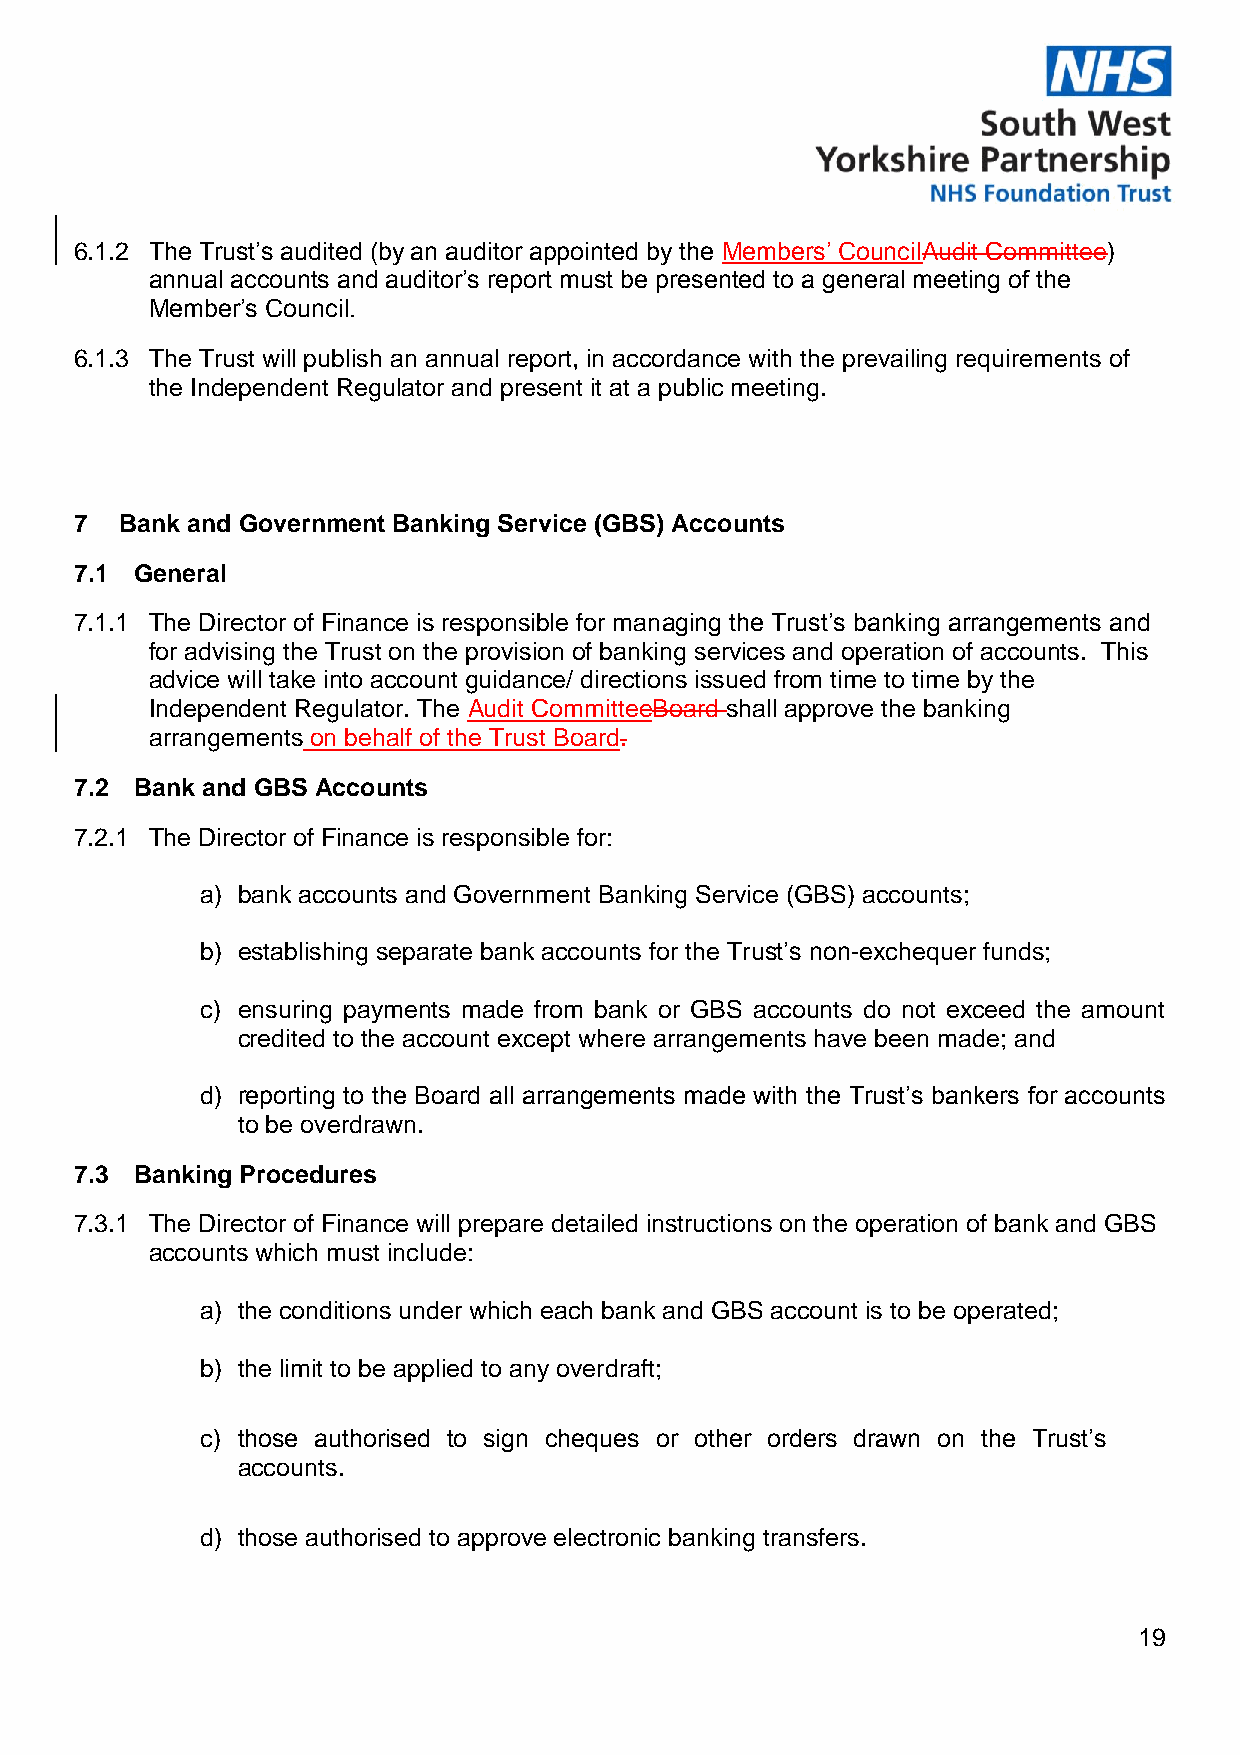
6.1.2 The Trust’s audited (by an auditor appointed by the Members’ CouncilAudit Committee)
 annual accounts and auditor’s report must be presented to a general meeting of the
 Member’s Council.
 6.1.3 The Trust will publish an annual report, in accordance with the prevailing requirements of
 the Independent Regulator and present it at a public meeting.
 7  Bank and Government Banking Service (GBS) Accounts
 7.1 General
 7.1.1 The Director of Finance is responsible for managing the Trust’s banking arrangements and
 for advising the Trust on the provision of banking services and operation of accounts. This
 advice will take into account guidance/ directions issued from time to time by the
 Independent Regulator. The Audit CommitteeBoard shall approve the banking
 arrangements on behalf of the Trust Board.
 7.2 Bank and GBS Accounts
 7.2.1 The Director of Finance is responsible for:
 a) bank accounts and Government Banking Service (GBS) accounts;
 b) establishing separate bank accounts for the Trust’s non-exchequer funds;
 c) ensuring payments made from bank or GBS accounts do not exceed the amount
 credited to the account except where arrangements have been made; and
 d) reporting to the Board all arrangements made with the Trust’s bankers for accounts
 to be overdrawn.
 7.3 Banking Procedures
 7.3.1 The Director of Finance will prepare detailed instructions on the operation of bank and GBS
 accounts which must include:
 a) the conditions under which each bank and GBS account is to be operated;
 b) the limit to be applied to any overdraft;
 c) those authorised to sign cheques or other orders drawn on the Trust’s
 accounts.
 d) those authorised to approve electronic banking transfers.
 19